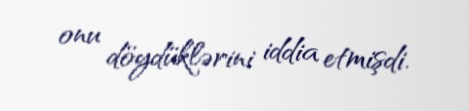
onu döydüklərini iddia etmişdi.